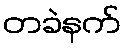
တခဲနက်